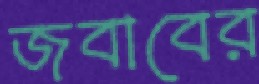
জবাবের